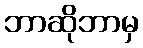
ဘာဆိုဘာမှ